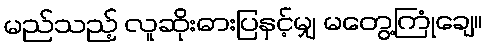
မည်သည့် လူဆိုးဓားပြနှင့်မျှ မတွေ့ကြုံချေ။